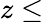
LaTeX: z\leq